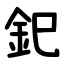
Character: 釲